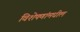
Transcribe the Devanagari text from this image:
विशेषणांमधील